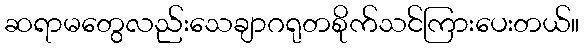
ဆရာမတွေလည်းသေချာဂရုတစိုက်သင်ကြားပေးတယ်။